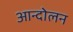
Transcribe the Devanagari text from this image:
आन्दोेलन